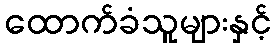
ထောက်ခံသူများနှင့်